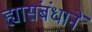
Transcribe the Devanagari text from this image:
ह्यासंबंधानें